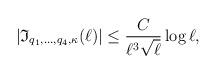
LaTeX: \begin{align*}|\mathfrak{I}_{q_1,\ldots, q_4, \kappa}(\ell)|\leq \frac{C}{\ell^3 \sqrt{\ell}}\log \ell,\end{align*}